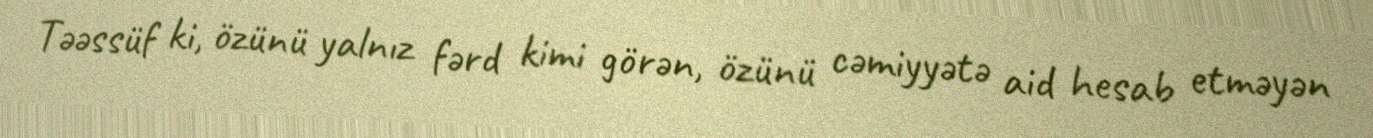
Təəssüf ki, özünü yalnız fərd kimi görən, özünü cəmiyyətə aid hesab etməyən